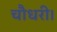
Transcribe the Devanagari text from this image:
चौधरी।